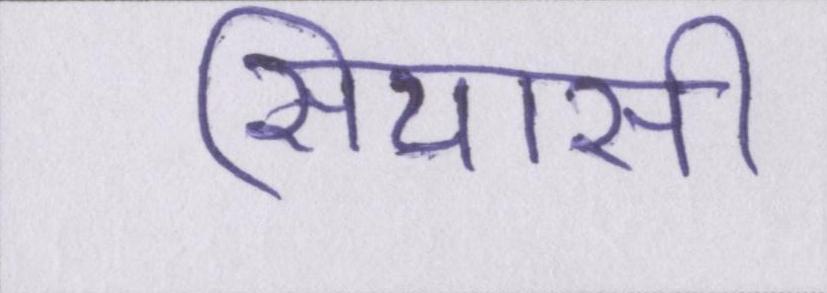
सियासी